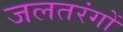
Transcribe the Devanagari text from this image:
जलतरंगों